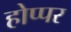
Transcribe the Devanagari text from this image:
होप्पर